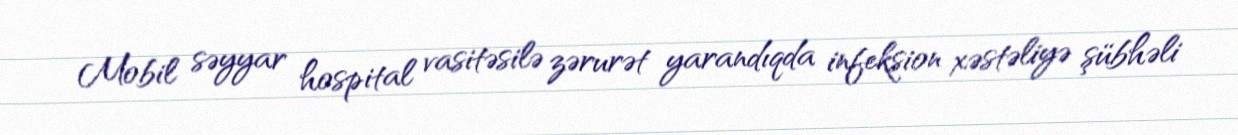
Mobil səyyar hospital vasitəsilə zərurət yarandıqda infeksion xəstəliyə şübhəli